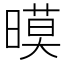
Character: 暯